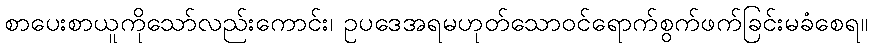
စာပေးစာယူကိုသော်လည်းကောင်း၊ ဥပဒေအရမဟုတ်သောဝင်ရောက်စွက်ဖက်ခြင်းမခံစေရ။